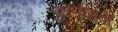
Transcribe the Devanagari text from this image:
फुलवावा